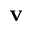
\mathbf { v }